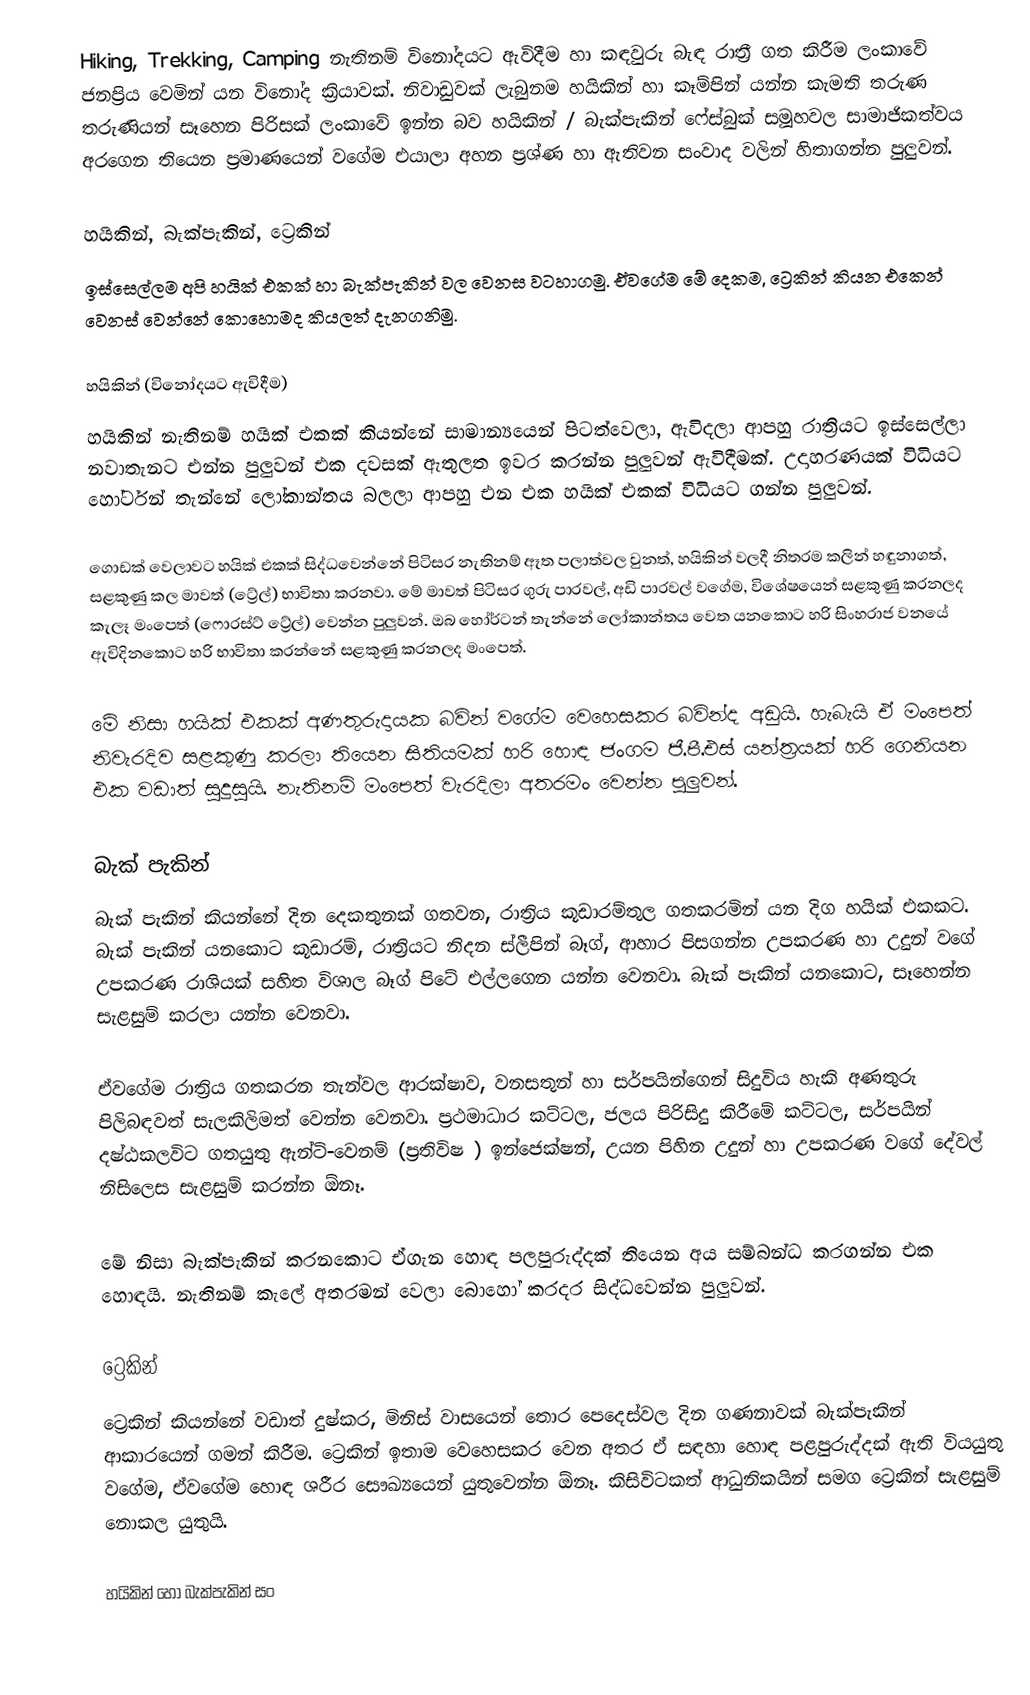
Hiking, Trekking, Camping නැතිනම් විනෝදයට ඇවිදීම හා කඳවුරු බැඳ රාත්‍රී ගත කිරීම ලංකාවේ ජනප්‍රිය වෙමින් යන විනෝද ක්‍රියාවක්. නිවාඩුවක් ලැබුනම හයිකින් හා කෑම්පින් යන්න කැමති තරුණ තරුණියන් සෑහෙන පිරිසක් ලංකාවේ ඉන්න බව හයිකින් / බැක්පැකින් ෆේස්බුක් සමූහවල සාමාජිකත්වය අරගෙන තියෙන ප්‍රමාණයෙන් වගේම එයාලා අහන ප්‍රශ්ණ හා ඇතිවන සංවාද වලින් හිතාගන්න පුලුවන්.

හයිකින්, බැක්පැකින්, ට්‍රෙකින්
ඉස්සෙල්ලම අපි හයික් එකක් හා බැක්පැකින් වල වෙනස වටහාගමු. ඒවගේම මේ දෙකම, ට්‍රෙකින් කියන එකෙන් වෙනස් වෙන්නේ කොහොමද කියලත් දැනගනිමු.

හයිකින් (විනෝදයට ඇවිදීම)
හයිකින් නැතිනම් හයික් එකක් කියන්නේ සාමාන්‍යයෙන් පිටත්වෙලා, ඇවිදලා ආපහු රාත්‍රියට ඉස්සෙල්ලා නවාතැනට එන්න පුලුවන් එක දවසක් ඇතුලත ඉවර කරන්න පුලුවන් ඇවිදීමක්. උදාහරණයක් විධියට හෝර්ටන් තැන්නේ ලෝකාන්තය බලලා ආපහු එන එක හයික් එකක් විධියට ගන්න පුලුවන්.

ගොඩක් වෙලාවට හයික් එකක් සිද්ධවෙන්නේ පිටිසර නැතිනම් ඈත පලාත්වල වුනත්, හයිකින් වලදී නිතරම කලින් හඳුනාගත්, සළකුණු කල මාවත් (ට්‍රේල්) භාවිතා කරනවා. මේ මාවත් පිටිසර ගුරු පාරවල්, අඩි පාරවල් වගේම, විශේෂයෙන් සළකුණු කරනලද කැලෑ මංපෙත් (ෆොරස්ට් ට්‍රේල්) වෙන්න පුලුවන්. ඔබ හෝර්ටන් තැන්නේ ලෝකාන්තය වෙත යනකොට හරි සිංහරාජ වනයේ ඇවිදිනකොට හරි භාවිතා කරන්නේ සළකුණු කරනලද මංපෙත්.

මේ නිසා හයික් එකක් අණතුරුදායක බවින් වගේම වෙහෙසකර බවින්ද අඩුයි. හැබැයි ඒ මංපෙත් නිවැරදිව සළකුණු කරලා තියෙන සිතියමක් හරි හොඳ ජංගම ජී.පී.එස් යන්ත්‍රයක් හරි ගෙනියන එක වඩාත් සුදුසුයි. නැතිනම් මංපෙත් වැරදිලා අතරමං වෙන්න පුලුවන්.

බැක් පැකින්
බැක් පැකින් කියන්නේ දින දෙකතුනක් ගතවන, රාත්‍රිය කූඩාරම්තුල ගතකරමින් යන දිග හයික් එකකට. බැක් පැකින් යනකොට කූඩාරම්, රාත්‍රියට නිදන ස්ලීපින් බෑග්, ආහාර පිසගන්න උපකරණ හා උදුන් වගේ උපකරණ රාශියක් සහිත විශාල බෑග් පිටේ එල්ලගෙන යන්න වෙනවා. බැක් පැකින් යනකොට, සෑහෙන්න සැළසුම් කරලා යන්න වෙනවා.

ඒවගේම රාත්‍රිය ගතකරන තැන්වල ආරක්ෂාව, වනසතුන් හා සර්පයින්ගෙන් සිදුවිය හැකි අණතුරු පිලිබඳවත් සැලකිලිමත් වෙන්න වෙනවා. ප්‍රථමාධාර කට්ටල, ජලය පිරිසිදු කිරීමේ කට්ටල, සර්පයින් දෂ්ඨකලවිට ගතයුතු ඇන්ටි-වෙනම් (ප්‍රතිවිෂ ) ඉන්ජෙක්ෂන්, උයන පිහින උදුන් හා උපකරණ වගේ දේවල් නිසිලෙස සැළසුම් කරන්න ඕනෑ.

මේ නිසා බැක්පැකින් කරනකොට ඒගැන හොඳ පලපුරුද්දක් තියෙන අය සම්බන්ධ කරගන්න එක හොඳයි. නැතිනම් කැලේ අතරමන් වෙලා බොහෝ කරදර සිද්ධවෙන්න පුලුවන්.

ට්‍රෙකින්
ට්‍රෙකින් කියන්නේ වඩාත් දුෂ්කර, මිනිස් වාසයෙන් තොර පෙදෙස්වල දින ගණනාවක් බැක්පැකින් ආකාරයෙන් ගමන් කිරීම. ට්‍රෙකින් ඉතාම වෙහෙසකර වෙන අතර ඒ සඳහා හොඳ පළපුරුද්දක් ඇති වියයුතු වගේම, ඒවගේම හොඳ ශරීර සෞඛ්‍යයෙන් යුතුවෙන්න ඕනෑ. කිසිවිටකත් ආධුනිකයින් සමග ට්‍රෙකින් සැළසුම් නොකල යුතුයි.

හයිකින් හෝ බැක්පැකින් සං